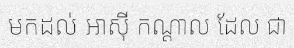
មកដល់ អាស៊ី កណ្តាល ដែល ជា